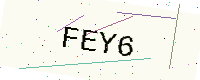
Text: FEY6